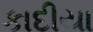
કાદીયા